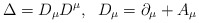
\begin{align*}\Delta=D_{\mu}D^{\mu},\;\;D_{\mu}=\partial_{\mu}+A_{\mu}\end{align*}